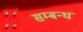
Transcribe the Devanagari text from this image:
सम्बन्धं